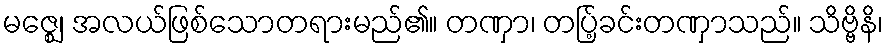
မဇ္ဈေ၊ အလယ်ဖြစ်သောတရားမည်၏။ တဏှာ၊ တပ်ြ့ခင်းတဏှာသည်။ သိဗ္ဗိနိ၊